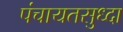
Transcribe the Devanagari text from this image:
पंचायतसुध्दा